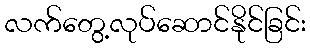
လက်တွေ့လုပ်ဆောင်နိုင်ခြင်း